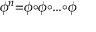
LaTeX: \scriptstyle \phi ^ { n } = \phi \circ \phi \circ \ldots \circ \phi